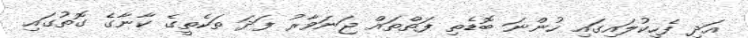
އަދި ފެހިކުލައިގައި ހުންނަ ބޮޑެތި ފަތްތައް ޖަނަވާރު ފަދަ ތަކެތީގެ ކާނާގެ ގޮތުގައި